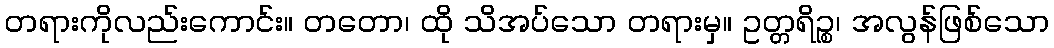
တရားကိုလည်းကောင်း။ တတော၊ ထို သိအပ်သော တရားမှ။ ဥတ္တရိဉ္စ၊ အလွန်ဖြစ်သော